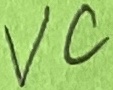
Text: VC